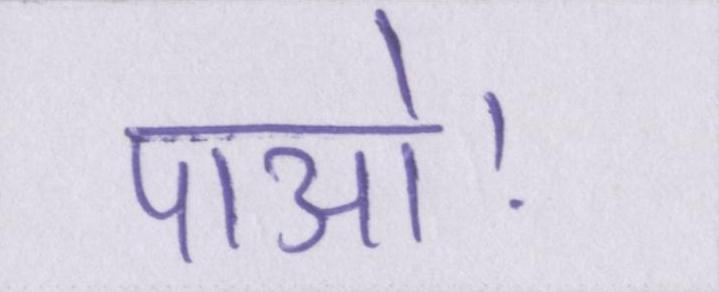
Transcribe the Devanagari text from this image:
पाओ।